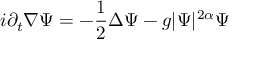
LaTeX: i \partial _ { t } \nabla \Psi = - \frac 1 2 \Delta \Psi - g | \Psi | ^ { 2 \alpha } \Psi